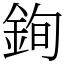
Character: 銁